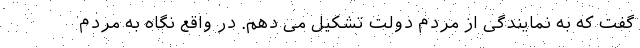
گفت که به نمایندگی از مردم دولت تشکیل می دهم. در واقع نگاه به مردم